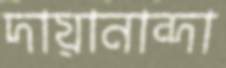
দায়ানান্দা